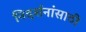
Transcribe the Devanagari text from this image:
निदर्शनांसाठी